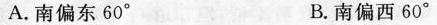
A.南偏东60° B.南偏西60°